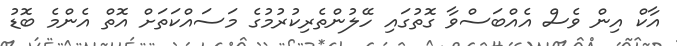
އާކް އިން ވެސް އެއްބަސްވާ ގޮތުގައި ހޭލުންތެރިކުރުމުގެ މަސައްކަތަށް އޮތް އެންމެ ބޮޑު